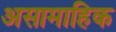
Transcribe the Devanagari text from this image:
असामाहिक